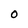
Character: 0